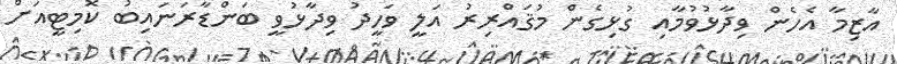
އާޒިމާ އެހެން ވިދާޅުވުމާއި ގުޅިގެން މުޤައްރިރު އަލީ ވަހީދު ވިދާޅުވީ ބަންޑާރަނައިބު ކޮމިޓީއަށް